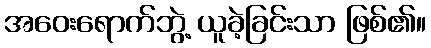
အဝေးရောက်ဘွဲ့ ယူခဲ့ခြင်းသာ ဖြစ်၏။